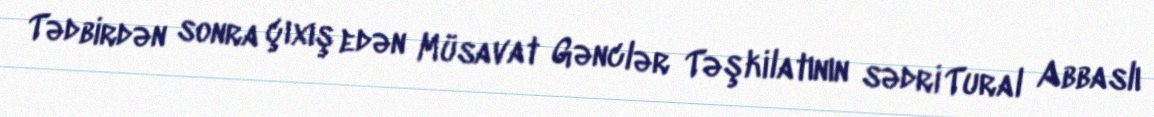
Tədbirdən sonra çıxış edən Müsavat Gənclər Təşkilatının sədri Tural Abbaslı